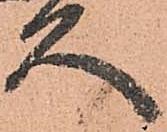
久